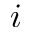
i